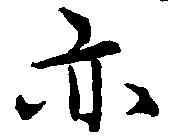
亦